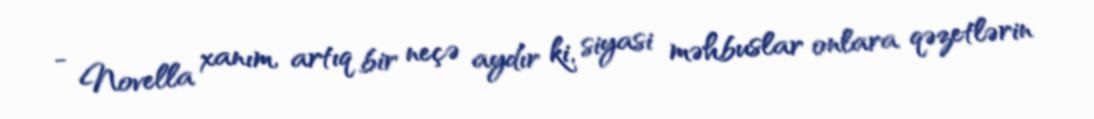
- Novella xanım, artıq bir neçə aydır ki, siyasi məhbuslar onlara qəzetlərin